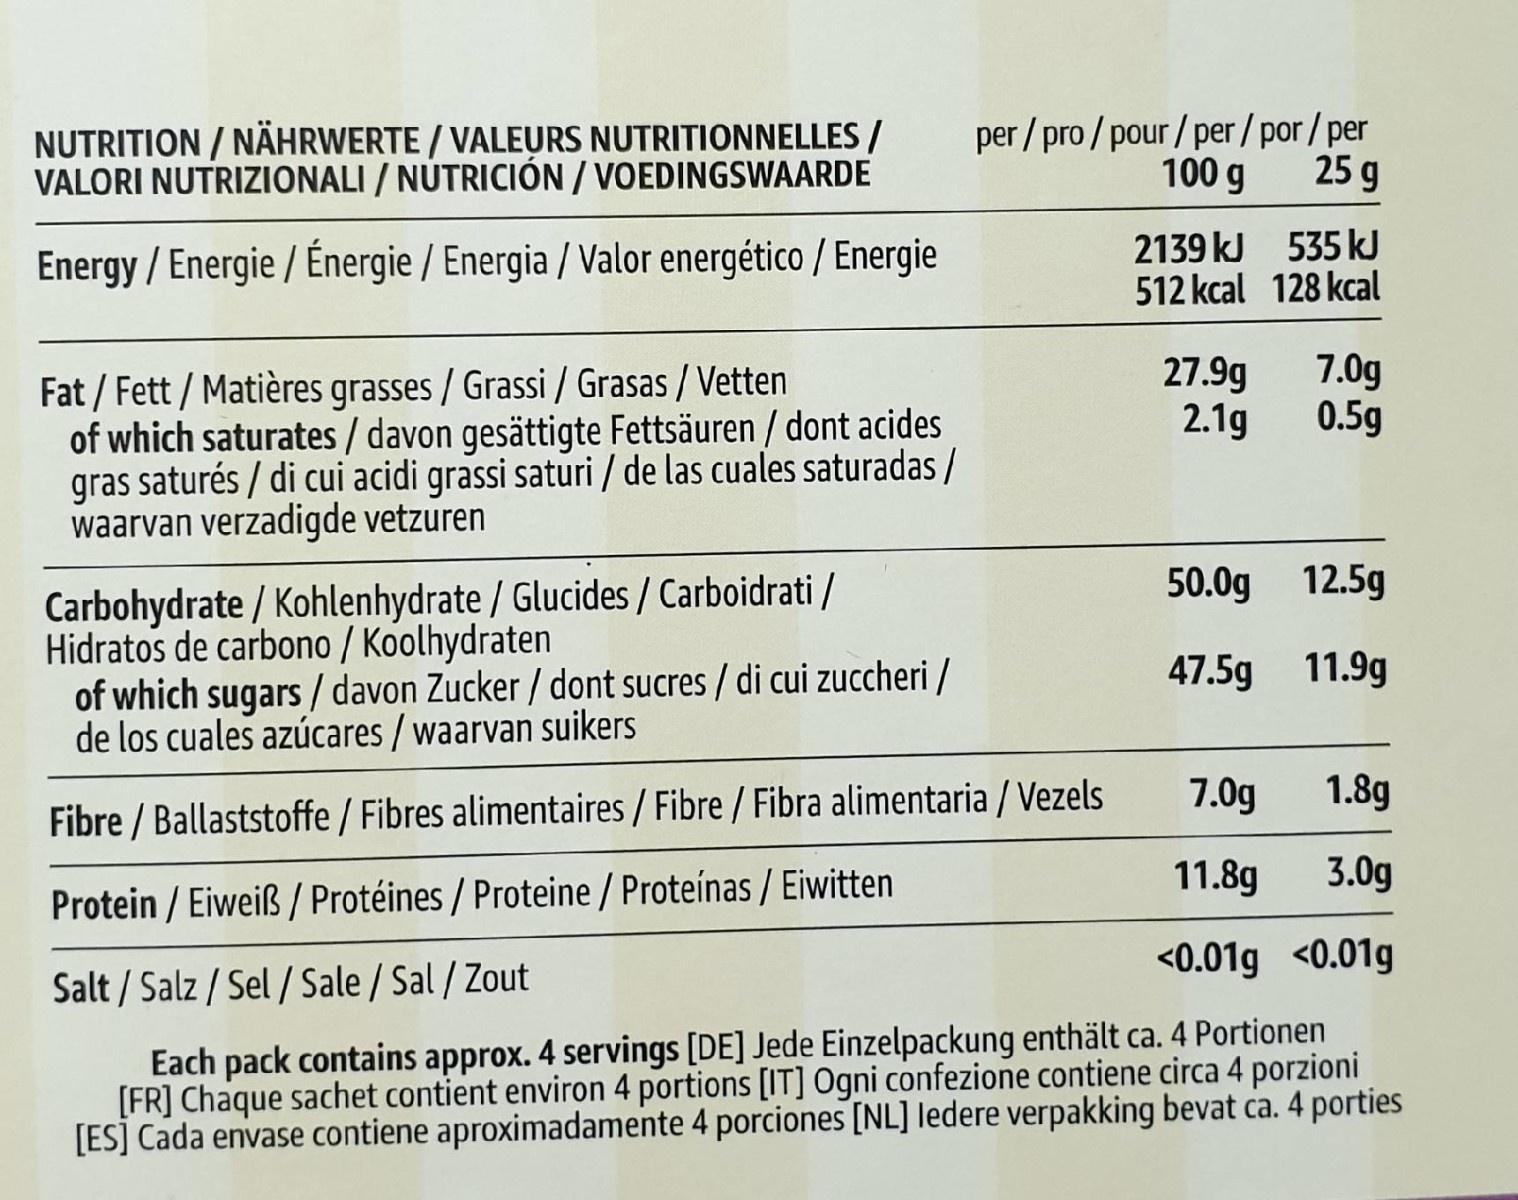
NUTRITION / NÄHRWERTE / VALEURS NUTRITIONNELLES / VALORI NUTRIZIONALI / NUTRICIÓN / VOEDINGSWAARDE
per / pro / pour / per / por / per 100 g
25 g
Energy / Energie / Énergie / Energia / Valor energético / Energie
2139 kJ 535 kJ 512 kcal 128 kcal
27.9g 2.1g
7.0g 0.5g
Fat / Fett / Matières grasses / Grassi / Grasas / Vetten of which saturates / davon gesättigte Fettsäuren / dont acides gras saturés / di cui acidi grassi saturi / de las cuales saturadas / waarvan verzadigde vetzuren
50.0g 12.5g
Carbohydrate / Kohlenhydrate / Glucides / Carboidrati / Hidratos de carbono / Koolhydraten of which sugars / davon Zucker / dont sucres / di cui zuccheri / de los cuales azúcares / waarvan suikers
47.5g 11.9g
7.0g
1.8g
Fibre / Ballaststoffe / Fibres alimentaires / Fibre / Fibra alimentaria / Vezels
11.8g
3.0g
Protein / Eiweiß / Protéines / Proteine / Proteínas / Eiwitten
<0.01g <0.01g
Salt / Salz / Sel / Sale / Sal / Zout
Each pack contains approx. 4 servings [DE] Jede Einzelpackung enthält ca. 4 Portionen [FR] Chaque sachet contient environ 4 portions [IT] Ogni confezione contiene circa 4 porzioni [ES] Cada envase contiene aproximadamente 4 porciones [NL] ledere verpakking bevat ca. 4 porties